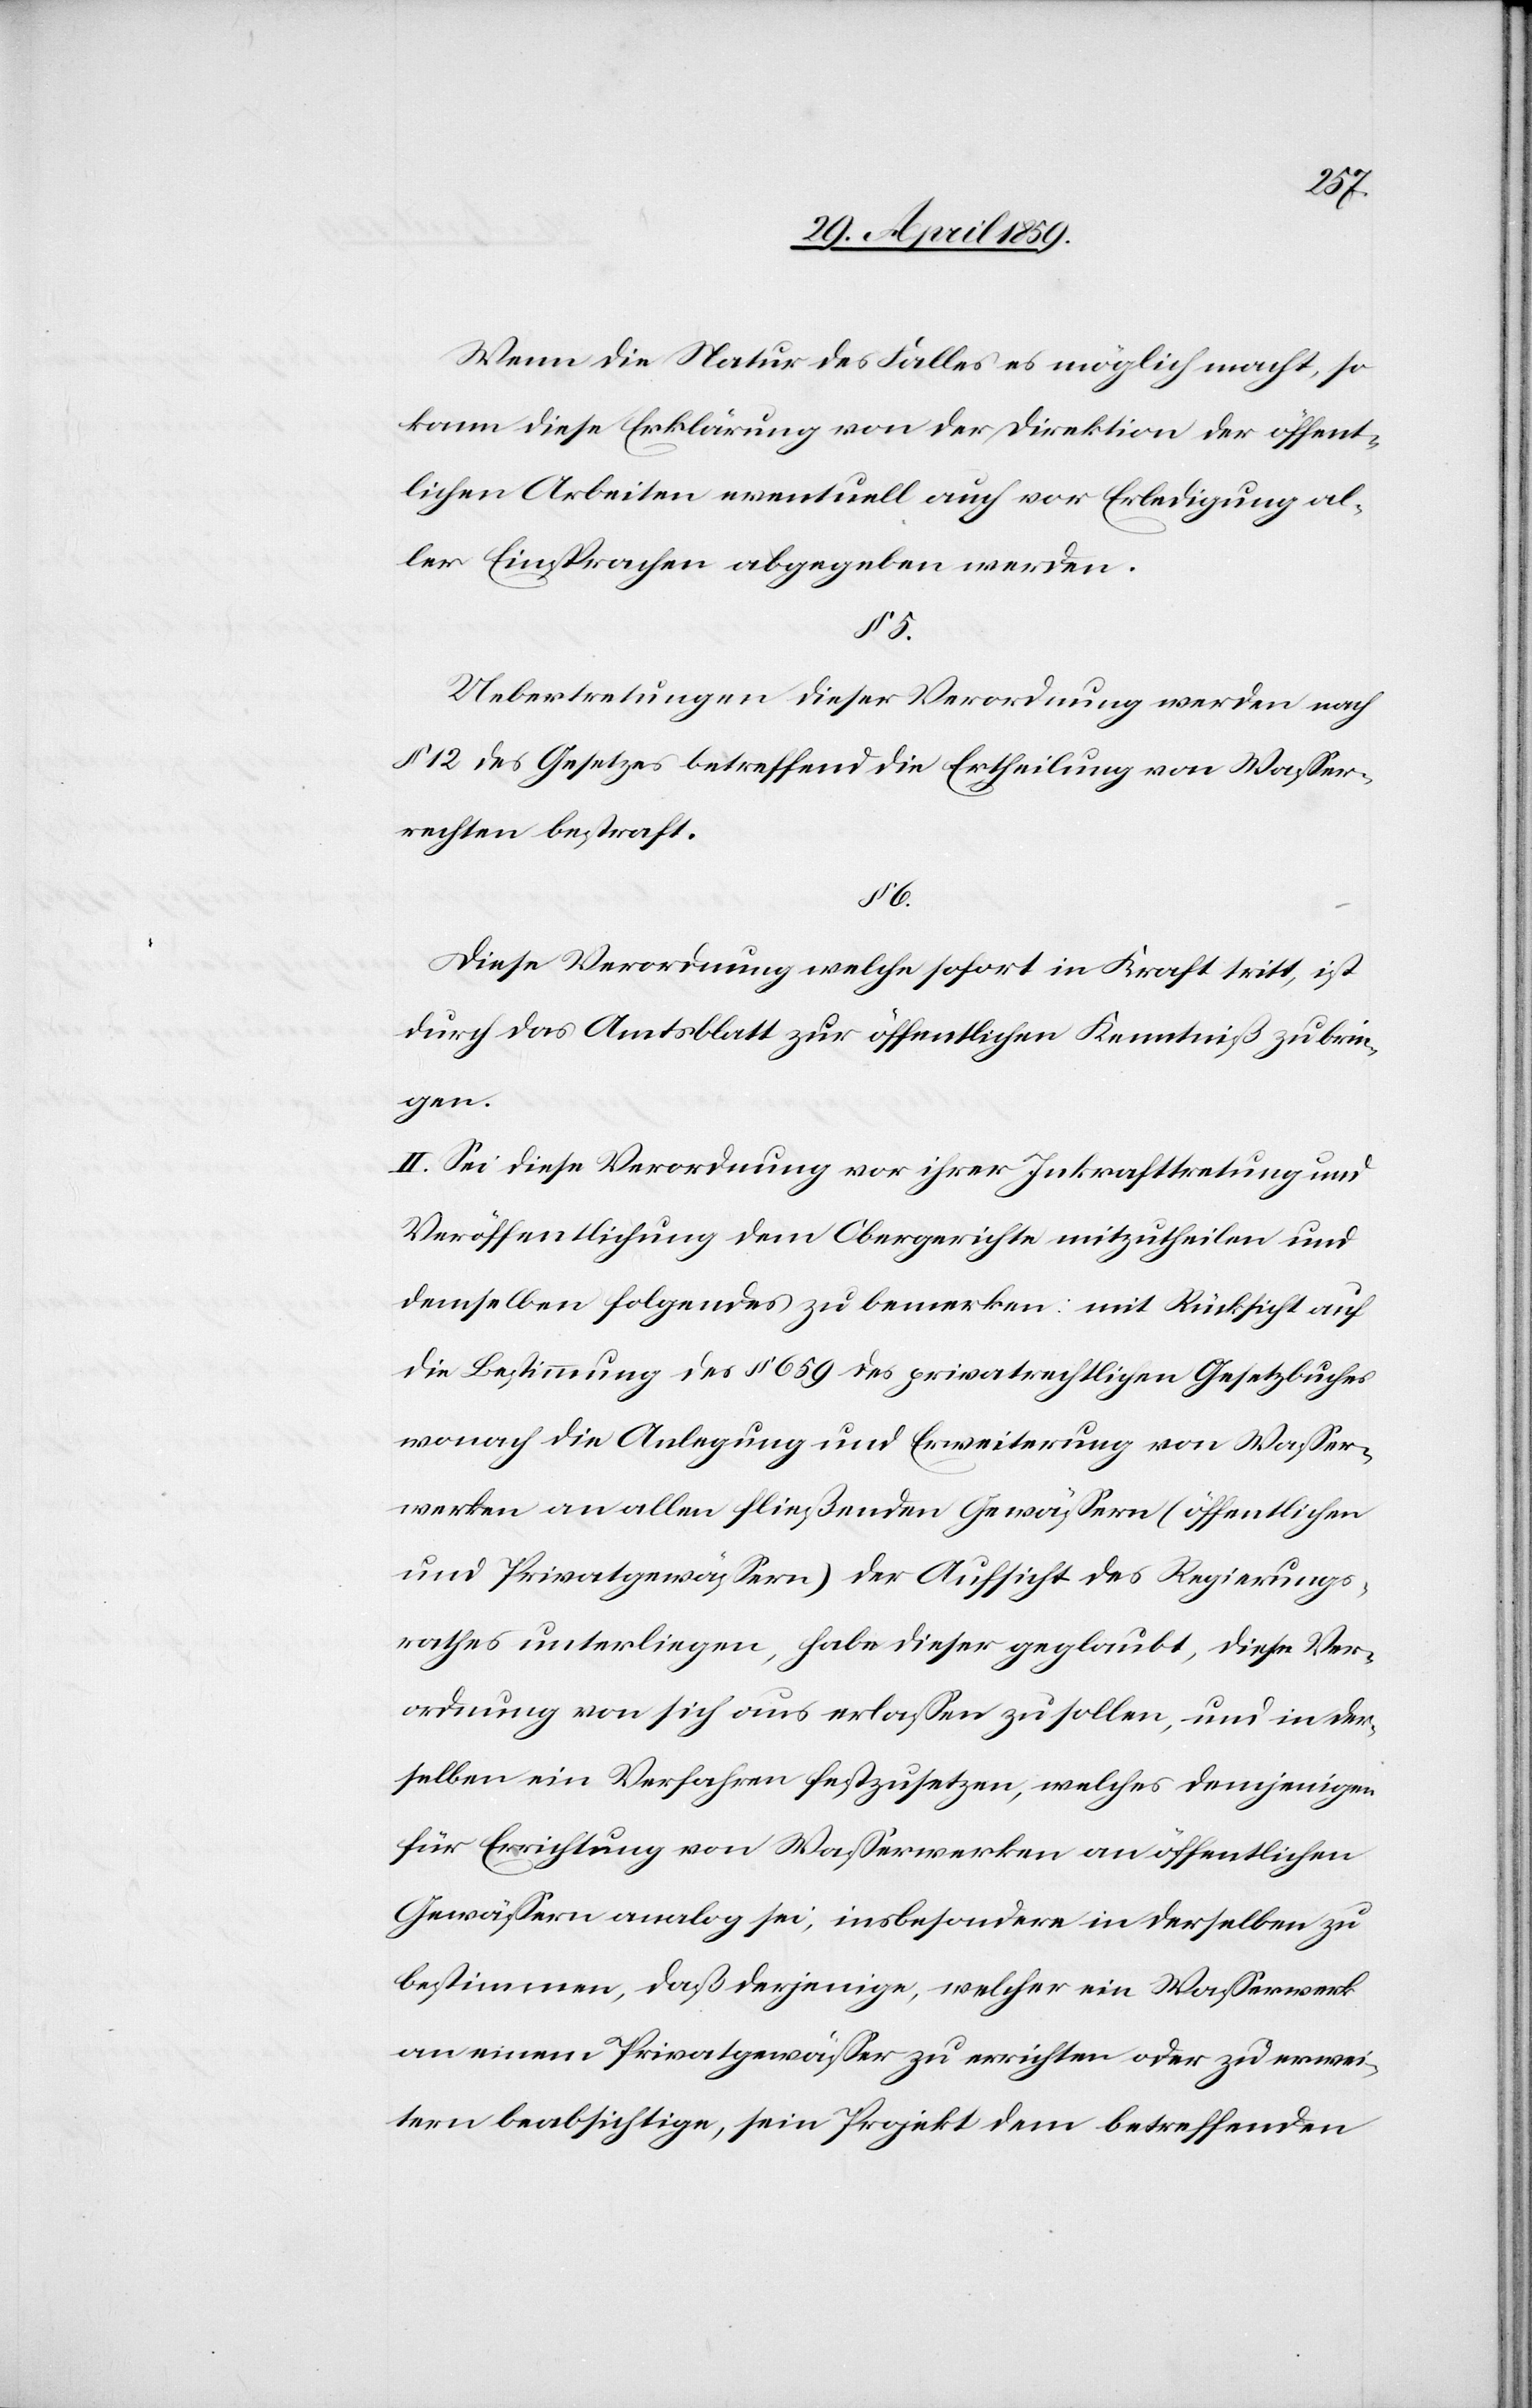
Wenn die Natur des Falles es möglich macht, so
kann diese Erklärung von der Direktion der öffent¬
lichen Arbeiten eventuell auch vor Erledigung al¬
ler Einsprachen abgegeben werden.
§ 5.
Uebertretungen dieser Verordnung werden nach
§ 12 des Gesetzes betreffend die Ertheilung von Waßer¬
rechten bestraft.
§ 6.
Diese Verordnung welche sofort in Kraft tritt, ist
durch das Amtsblatt zur öffentlichen Kenntniß zu brin¬
gen.
II. Sei diese Verordnung vor ihrer Inkrafttretung und
Veröffentlichung dem Obergerichte mitzutheilen und
demselben folgendes zu bemerken: mit Rücksicht auf
die Bestimmung des § 659 des privatrechtlichen Gesetzbuches
wonach die Anlegung und Erweiterung von Waßer¬
werken an allen fließenden Gewäßern (öffentlichen
und Privatgewäßern) der Aufsicht des Regierungs¬
rathes unterliegen, habe dieser geglaubt, diese Ver¬
ordnung von sich aus erlaßen zu sollen, und in der¬
selben ein Verfahren festzusetzen, welches demjenigen
für Errichtung von Waßerwerken an öffentlichen
Gewäßern analog sei, insbesondere in derselben zu
bestimmen, daß derjenige, welcher ein Waßerwerk
an einem Privatgewäßer zu errichten oder zu erwei¬
tern beabsichtige, sein Projekt dem betreffenden